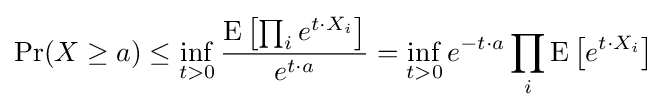
\Pr(X\geq a)\leq \inf _{t>0}{\frac {\operatorname {E} \left[\prod _{i}e^{t\cdot X_{i}}\right]}{e^{t\cdot a}}}=\inf _{t>0}e^{-t\cdot a}\prod _{i}\operatorname {E} \left[e^{t\cdot X_{i}}\right]